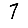
Digit: 7